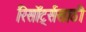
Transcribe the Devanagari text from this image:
रिसॉर्ट्ससाठी